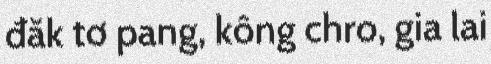
đăk tơ pang, kông chro, gia lai